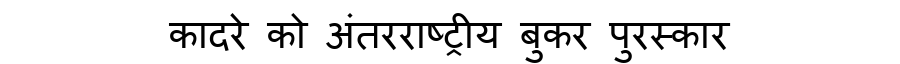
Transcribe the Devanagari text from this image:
कादरे को अंतरराष्ट्रीय बुकर पुरस्कार